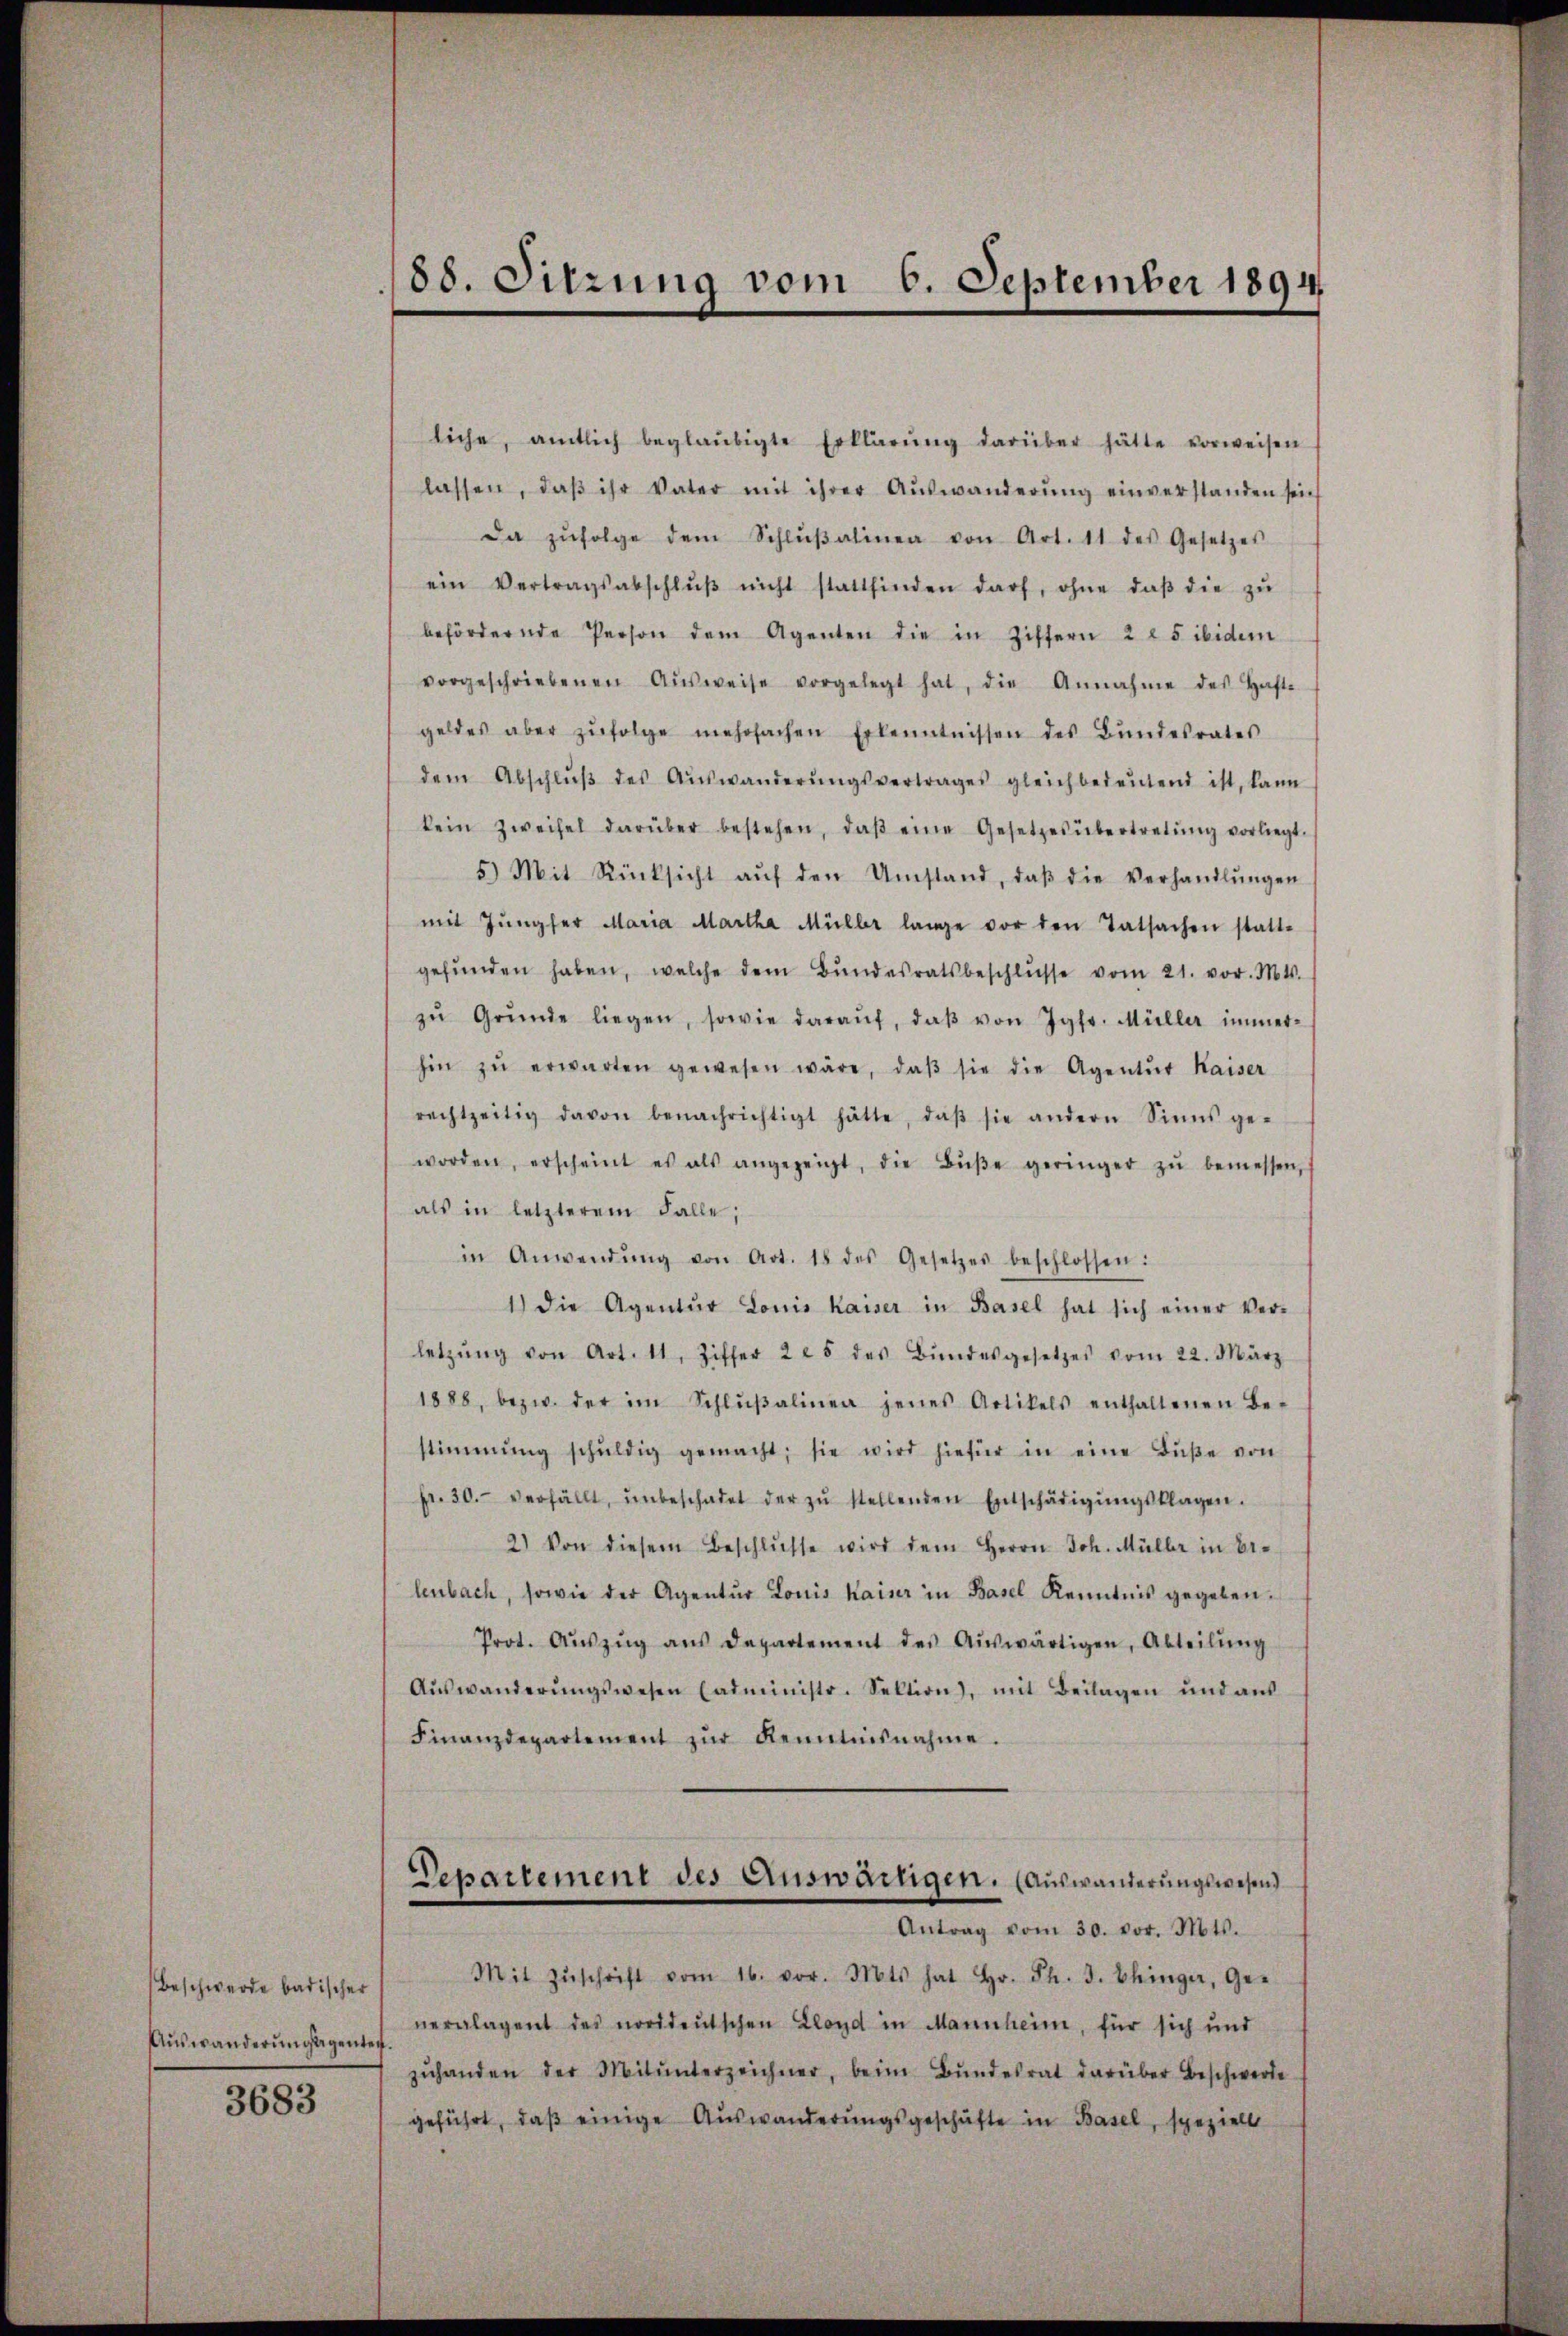
Beschwerde badischer
Auswanderungsgenten.

3683

88. Sitzung vom 6. September 1894

liche, amtlich beglaŭbigte Erklärŭng darüber hätte vorweisen
lassen, daβ ihr Vater mit ihrer Aŭswanderŭng einverstanden sein
da zŭfolge dem Schlŭβalinea von Art. 11 des Gesetzes
ein Vertragsabschlŭβ nicht stattfinden darf, ohne daβ die zŭ
befördernde Person dem Agenten die in Ziffern 2 t 5 ibidem
vorgeschriebenen Aŭsweise vorgelegt hat, die Annahme des Haft-
geldes aber zŭfolge mehrfachen Erkenntnissen des Bŭndesrates
dem Abschlŭβ des Aŭswanderŭngsvertrages gleichbedeŭtend ist, kann
kein Zweifel darüber bestehen, daβ eine Gesetzesübertretŭng vorliegt.
5) Mit Rücksicht aŭf den Umstand, daβ die Verhandlŭngen
mit Jungfer Maria Martha Müller lange vor den Tatsachen statt-
gefŭnden haben, welche dem Bŭndesratsbeschlŭsse vom 21. vor. Mts.
zŭ Gründe liegen, sowie daraŭf, daβ von Jgfr. Müller immer-
hin zŭ erwarten gewesen wäre, daβ sie die Agentŭt Kaiser
rechtzeitig davon benachrichtigt hätte, daβ sie andern Sinns ge-
worden, erscheint es als angezeigt, die Bŭβe geringer zŭ bemessen,
als in letzterem Falle;
in Anwendŭng von Art. 18 des Gesetzes beschlossen:
1.) Die Agentŭr Louis Kaiser in Basel hat sich einer Ver-
letzŭng von Art. 11, Ziffer 2 25 des Bŭndesgesetzes vom 22. März
1888, bezw. der im Schlŭβalinen jenes Artikels enthaltenen Be-
stimmung schŭldig gemacht; sie wird hiefür in eine Bŭβe von
fr. 30. verfällt, unbeschadet der zŭ stellenden Entschädigŭngsklagen.
2) Von diesem Beschlŭsse wird dem Herrn Joh. Müller in Be-
lenbach, sowie der Agentŭr Louis Kainz in Basel Kenntnis gegeben.
Prot. Aŭszŭg aŭs Departement des Aŭswärtigen, Abteilŭng
Aŭswanderŭngswesen Cadministr. Sektion, mit Beilagen und aŭs
Finanzdepartement zur Kenntnisnahme
Departement des Auswärtigen. (Auswanderungswesen
Antrag vom 30. vor. Mts.
Mit Zŭschrift vom 16. vor. Mts. hat Hr. Ph. 3. Chinger, Ge-
neralagent des norddeutschen Lloyd in Mannheim, für sich und
zŭhanden der Mitunterzeichner, beim Bŭndesrat darüber Beschwerde
geführt, daβ einige Auswanderŭngsgeschäfte in Basel, speziell